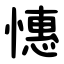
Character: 憓